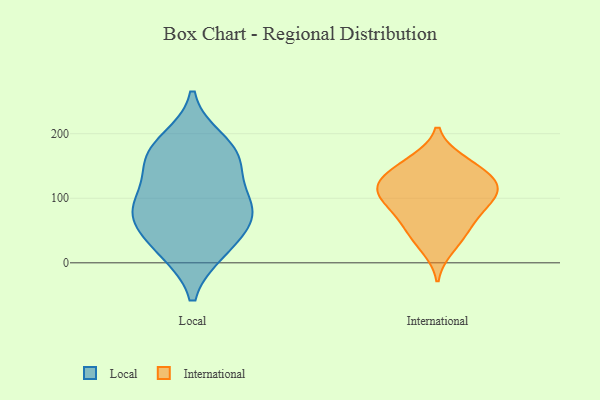
{"axis": {"x": "Active Users", "y": "Value"}, "legend": ["International", "Local"], "data": [{"x": "", "y": 97, "type": "Local"}, {"x": "", "y": 19, "type": "Local"}, {"x": "", "y": 20, "type": "Local"}, {"x": "", "y": 188, "type": "Local"}, {"x": "", "y": 94, "type": "Local"}, {"x": "", "y": 160, "type": "Local"}, {"x": "", "y": 61, "type": "Local"}, {"x": "", "y": 156, "type": "Local"}, {"x": "", "y": 75, "type": "Local"}, {"x": "", "y": 76, "type": "Local"}, {"x": "", "y": 167, "type": "Local"}, {"x": "", "y": 113, "type": "International"}, {"x": "", "y": 113, "type": "International"}, {"x": "", "y": 22, "type": "International"}, {"x": "", "y": 133, "type": "International"}, {"x": "", "y": 109, "type": "International"}, {"x": "", "y": 129, "type": "International"}, {"x": "", "y": 64, "type": "International"}, {"x": "", "y": 159, "type": "International"}, {"x": "", "y": 104, "type": "International"}, {"x": "", "y": 40, "type": "International"}, {"x": "", "y": 157, "type": "International"}, {"x": "", "y": 136, "type": "International"}, {"x": "", "y": 90, "type": "International"}, {"x": "", "y": 59, "type": "International"}, {"x": "", "y": 84, "type": "International"}]}